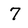
Character: 7